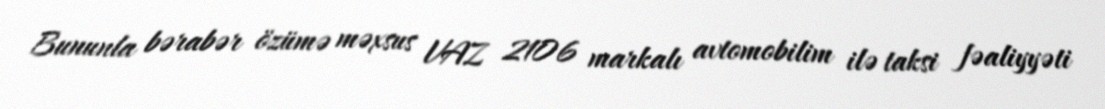
Bununla bərabər özümə məxsus VAZ 2106 markalı avtomobilim ilə taksi fəaliyyəti